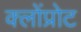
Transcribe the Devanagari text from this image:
क्लोंप्रोट